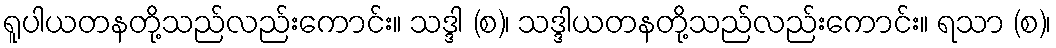
ရူပါယတနတို့သည်လည်းကောင်း။ သဒ္ဒါ (စ)၊ သဒ္ဒါယတနတို့သည်လည်းကောင်း။ ရသာ (စ)၊